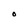
Character: O